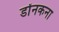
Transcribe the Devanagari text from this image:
डोंनकना